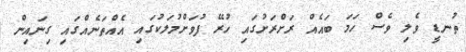
ތުނޑީ ވެލި ވެސް ހަމަ ބައެއް ރަށްރަށުގައި ހުރޭ ފުވަށްމުލަކުގައި އެއްތަނެއްގައި ގިނައިން